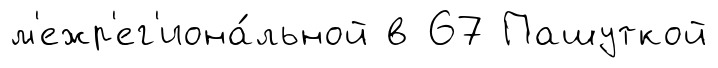
м'ежр'ег'иона́льной в 67 Пашуткой